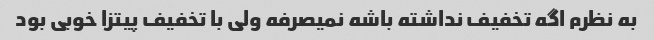
به نظرم اگه تخفیف نداشته باشه نمیصرفه ولی با تخفیف پیتزا خوبی بود